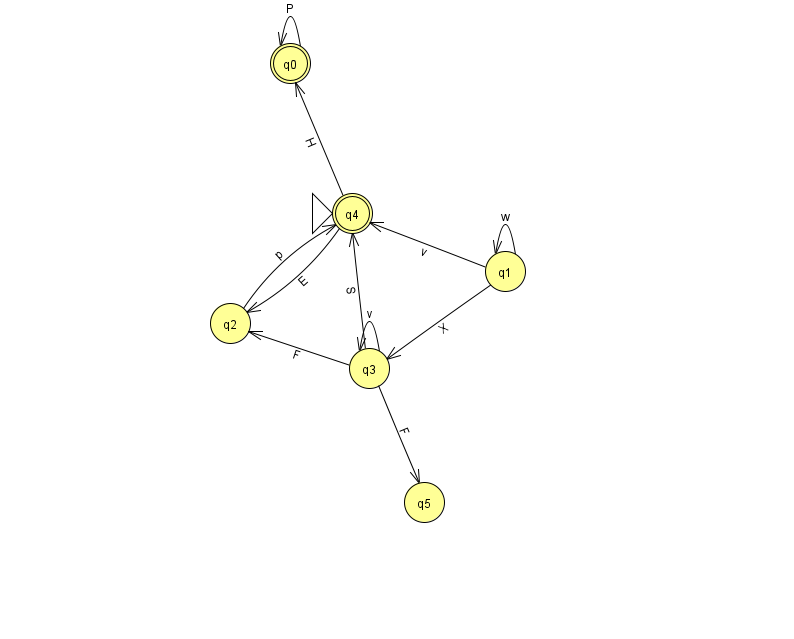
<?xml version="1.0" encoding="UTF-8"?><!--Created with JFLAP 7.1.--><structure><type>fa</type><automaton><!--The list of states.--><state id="0" name="q0"><x>290.0</x><y>50.0</y><final/></state><state id="1" name="q1"><x>505.0</x><y>258.0</y></state><state id="2" name="q2"><x>230.0</x><y>310.0</y></state><state id="3" name="q3"><x>369.0</x><y>355.0</y></state><state id="4" name="q4"><x>352.0</x><y>200.0</y><initial/><final/></state><state id="5" name="q5"><x>424.0</x><y>489.0</y></state><!--The list of transitions.--><transition><from>0</from><to>0</to><read>P</read></transition><transition><from>1</from><to>3</to><read>X</read></transition><transition><from>1</from><to>4</to><read>v</read></transition><transition><from>4</from><to>0</to><read>H</read></transition><transition><from>3</from><to>2</to><read>F</read></transition><transition><from>3</from><to>3</to><read>v</read></transition><transition><from>1</from><to>1</to><read>w</read></transition><transition><from>4</from><to>2</to><read>E</read></transition><transition><from>2</from><to>4</to><read>p</read></transition><transition><from>3</from><to>4</to><read>S</read></transition><transition><from>3</from><to>5</to><read>F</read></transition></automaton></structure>